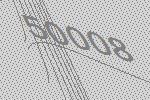
50008